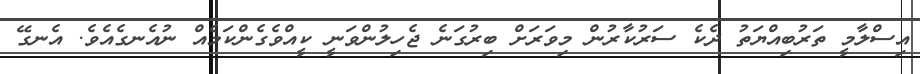
އިސްލާމީ ތަރުބިއްޔަތު ދެކެ ސަރުކާރުން މިވަރަށް ބިރުގަނެ ޖެހިލުންވަނީ ކީއްވެގެންކަމެއް ނުއެނގެއެވެ. އެނގޭ